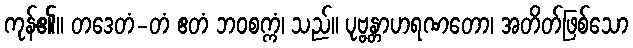
ကုန်၏။ တဒေတံ-တံ ဧတံ ဘဝစက္ကံ၊ သည်။ ပုဗ္ဗန္တာဟရဏတော၊ အတိတ်ဖြစ်သော